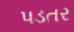
પડતર